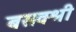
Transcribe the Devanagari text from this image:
बसवश्री